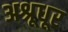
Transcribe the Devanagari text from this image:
अश्रूधूर